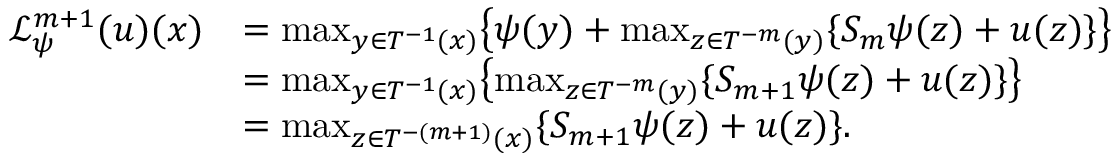
\begin{array} { r l } { \mathcal { L } _ { \psi } ^ { m + 1 } ( u ) ( x ) } & { = \operatorname* { m a x } _ { y \in T ^ { - 1 } ( x ) } \bigl \{ \psi ( y ) + \operatorname* { m a x } _ { z \in T ^ { - m } ( y ) } \{ S _ { m } \psi ( z ) + u ( z ) \} \bigr \} } \\ & { = \operatorname* { m a x } _ { y \in T ^ { - 1 } ( x ) } \bigl \{ \operatorname* { m a x } _ { z \in T ^ { - m } ( y ) } \{ S _ { m + 1 } \psi ( z ) + u ( z ) \} \bigr \} } \\ & { = \operatorname* { m a x } _ { z \in T ^ { - ( m + 1 ) } ( x ) } \{ S _ { m + 1 } \psi ( z ) + u ( z ) \} . } \end{array}